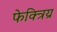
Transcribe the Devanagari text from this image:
फेक्त्रिय्र